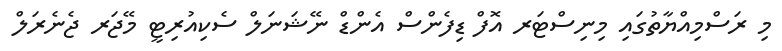
މި ރަސްމިއްޔާތުގައި މިނިސްޓަރ އޮފް ޑިފެންސް އެންޑް ނޭޝަނަލް ސެކިއުރިޓީ މޭޖަރ ޖެނެރަލް